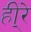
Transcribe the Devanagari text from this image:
ही्रे